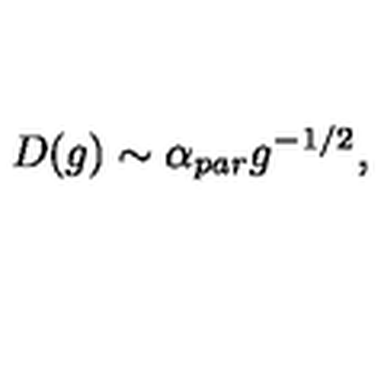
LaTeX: D ( g ) \sim \alpha _ { p a r } g ^ { - 1 / 2 } ,